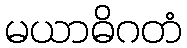
မယာဓိဂတံ